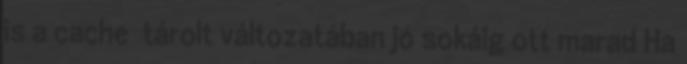
is a cache tárolt változatában jó sokáig ott marad Ha